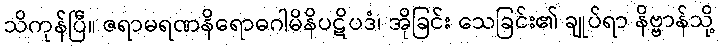
သိကုန်ပြီ။ ဇရာမရဏနိရောဓဂါမိနိပဋိပဒံ၊ အိုခြင်း သေခြင်း၏ ချုပ်ရာ နိဗ္ဗာန်သို့